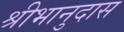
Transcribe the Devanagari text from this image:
श्रीभानुदास